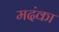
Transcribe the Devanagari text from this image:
मदंका